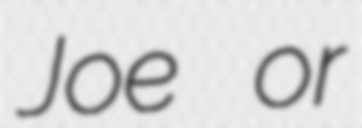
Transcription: Joe or